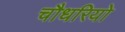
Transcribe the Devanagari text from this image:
चौधरियो